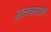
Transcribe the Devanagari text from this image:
अलकाधर